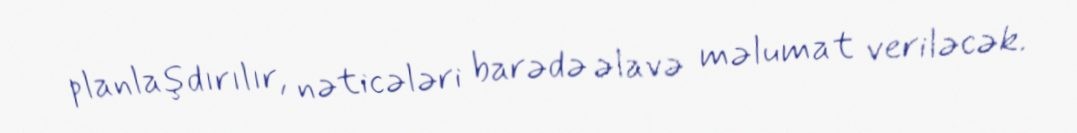
planlaşdırılır, nəticələri barədə əlavə məlumat veriləcək.